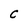
Character: C